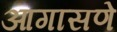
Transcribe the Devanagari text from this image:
आगासणे